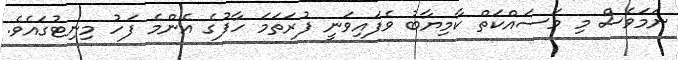
ނަމަވެސް މި މަސައްކަތް ކާމިޔާބު ވެފައިވަނީ ފުރަތަމަ ހާފުގެ އެންމެ ފަހު މިނިޓުގައެވެ.